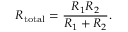
R _ { \mathrm { t o t a l } } = { \frac { R _ { 1 } R _ { 2 } } { R _ { 1 } + R _ { 2 } } } .